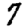
Digit: 7